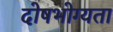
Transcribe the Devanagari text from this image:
दोषभोग्यता